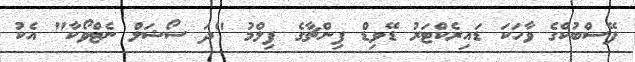
ފޭސްބުކްގެ ވާހަކަ ޑައިރެކްޓަރު ޑޭވިޑް ފިންޗާގެ ފިލްމު "ދަ ސޯޝަލް ނެޓްވޯކާ" އެކު